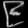
Digit: ၉